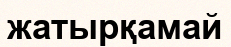
жатырқамай